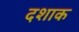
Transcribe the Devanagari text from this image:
दशाक